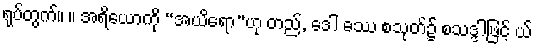
ရုပ်တွက်။ ။ အရိယောကို “အယိရော”ဟု တည်, ဒေါ ဓဿ စသုတ်၌ စသဒ္ဒါဖြင့် ယ်